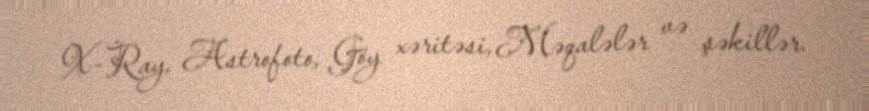
X-Ray, Astrofoto, Göy xəritəsi, Məqalələr və şəkillər.